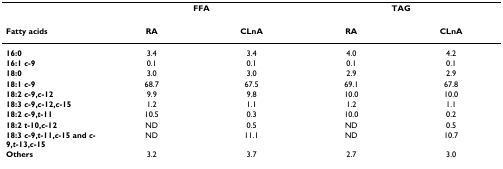
|  | <COLSPAN=2> FFA | <COLSPAN=2> TAG |
 | Fatty acids | RA | CLnA | RA | CLnA |
 | --- | --- | --- | --- | --- |
 | 16:0 | 3.4 | 3.4 | 4.0 | 4.2 |
 | 16:1 c-9 | 0.1 | 0.1 | 0.1 | 0.1 |
 | 18:0 | 3.0 | 3.0 | 2.9 | 2.9 |
 | 18:1 c-9 | 68.7 | 67.5 | 69.1 | 67.8 |
 | 18:2 c-9,c-12 | 9.9 | 9.8 | 10.0 | 10.0 |
 | 18:3 c-9,c-12,c-15 | 1.2 | 1.1 | 1.2 | 1.1 |
 | 18:2 c-9,t-11 | 10.5 | 0.3 | 10.0 | 0.2 |
 | 18:2 t-10,c-12 | ND | 0.5 | ND | 0.5 |
 | 18:3 c-9,t-11,c-15 and c-9,t-13,c-15 | ND | 11.1 | ND | 10.7 |
 | Others | 3.2 | 3.7 | 2.7 | 3.0 |